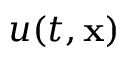
u ( t , \bf { x } )